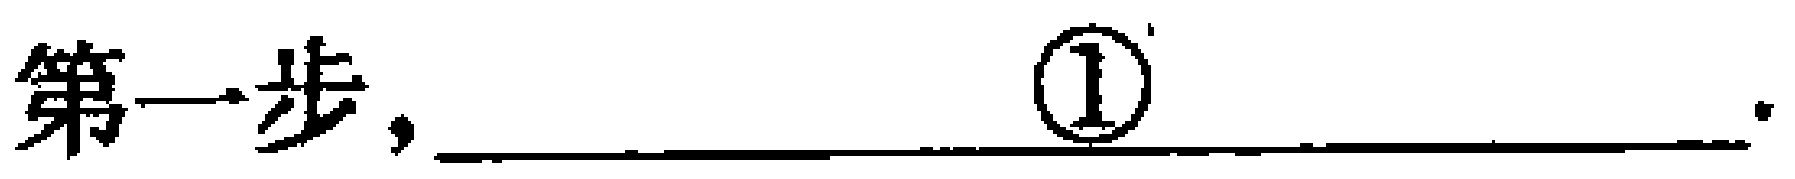
第一步，\underline{\textcircled{1}\_\_\_\_\_\_\_\_\_\_\_\_\_\_\_\_\_\_\_\_\_}